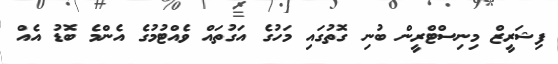
ފިޝަރީޒް މިނިސްޓްރީން ބުނި ގޮތުގައި މަހުގެ އަގުތައް ވެއްޓުމުގެ އެންމެ ބޮޑު އެއް